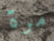
مرة